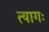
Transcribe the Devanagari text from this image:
त्यागः